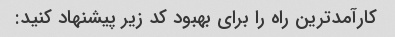
کارآمدترین راه را برای بهبود کد زیر پیشنهاد کنید: